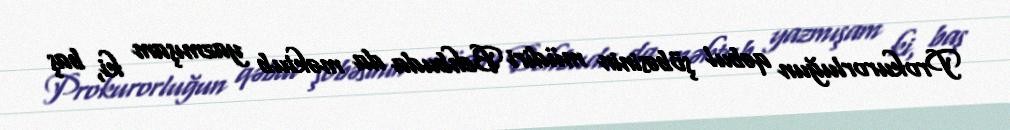
Prokurorluğun qəbul şöbəsinin müdiri Behbuda da məktub yazmışam ki, baş